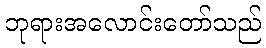
ဘုရားအလောင်းတော်သည်